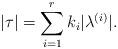
LaTeX: \begin{align*}|\tau| = \sum_{i=1}^r k_i |\lambda^{(i)}|.\end{align*}